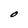
Character: O